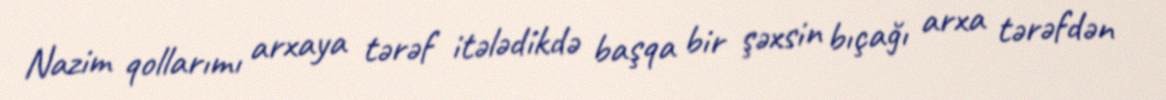
Nazim qollarımı arxaya tərəf itələdikdə başqa bir şəxsin bıçağı arxa tərəfdən